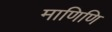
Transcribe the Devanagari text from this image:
माणिणि